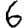
Digit: 6